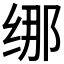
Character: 𱺢